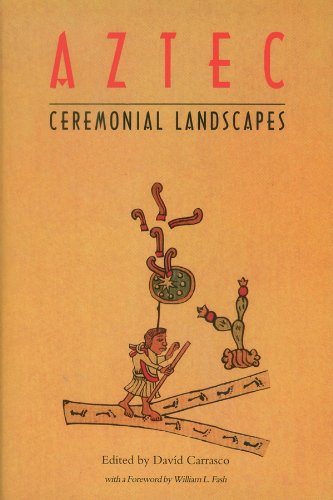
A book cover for Aztec Ceremonial Landscapes; David Carrasco; History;